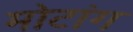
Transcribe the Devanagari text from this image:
मोटांग